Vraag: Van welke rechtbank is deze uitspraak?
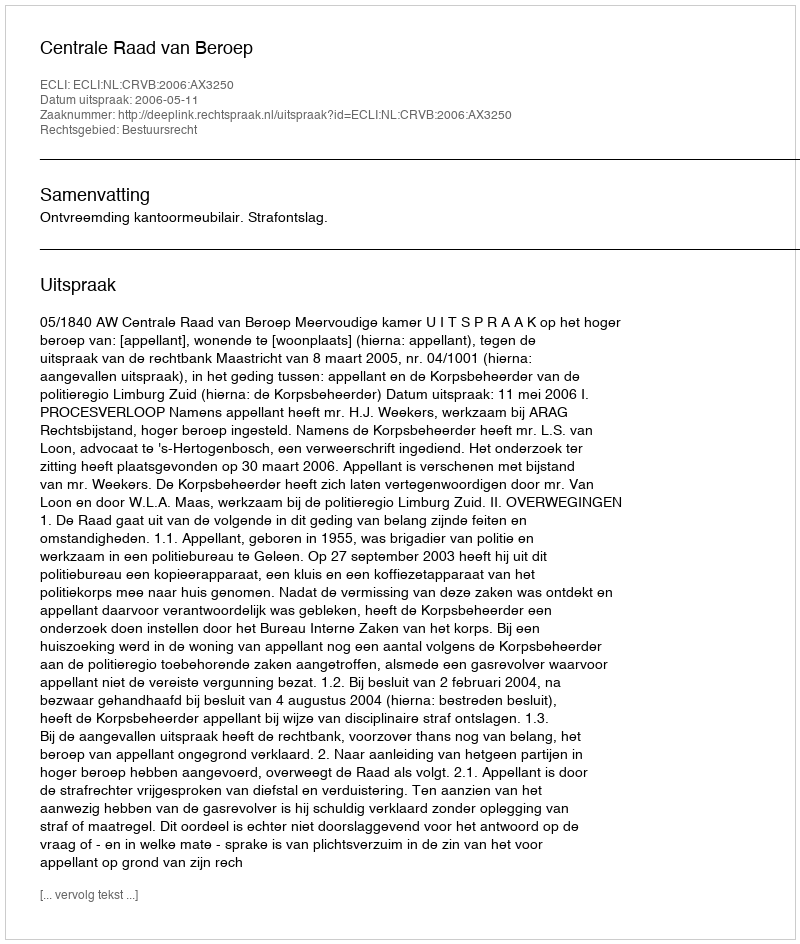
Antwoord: Centrale Raad van Beroep